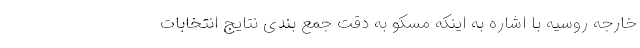
خارجه روسیه با اشاره به اینکه مسکو به دقت جمع بندی نتایج انتخابات